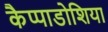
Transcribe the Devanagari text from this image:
कैप्पाडोशिया